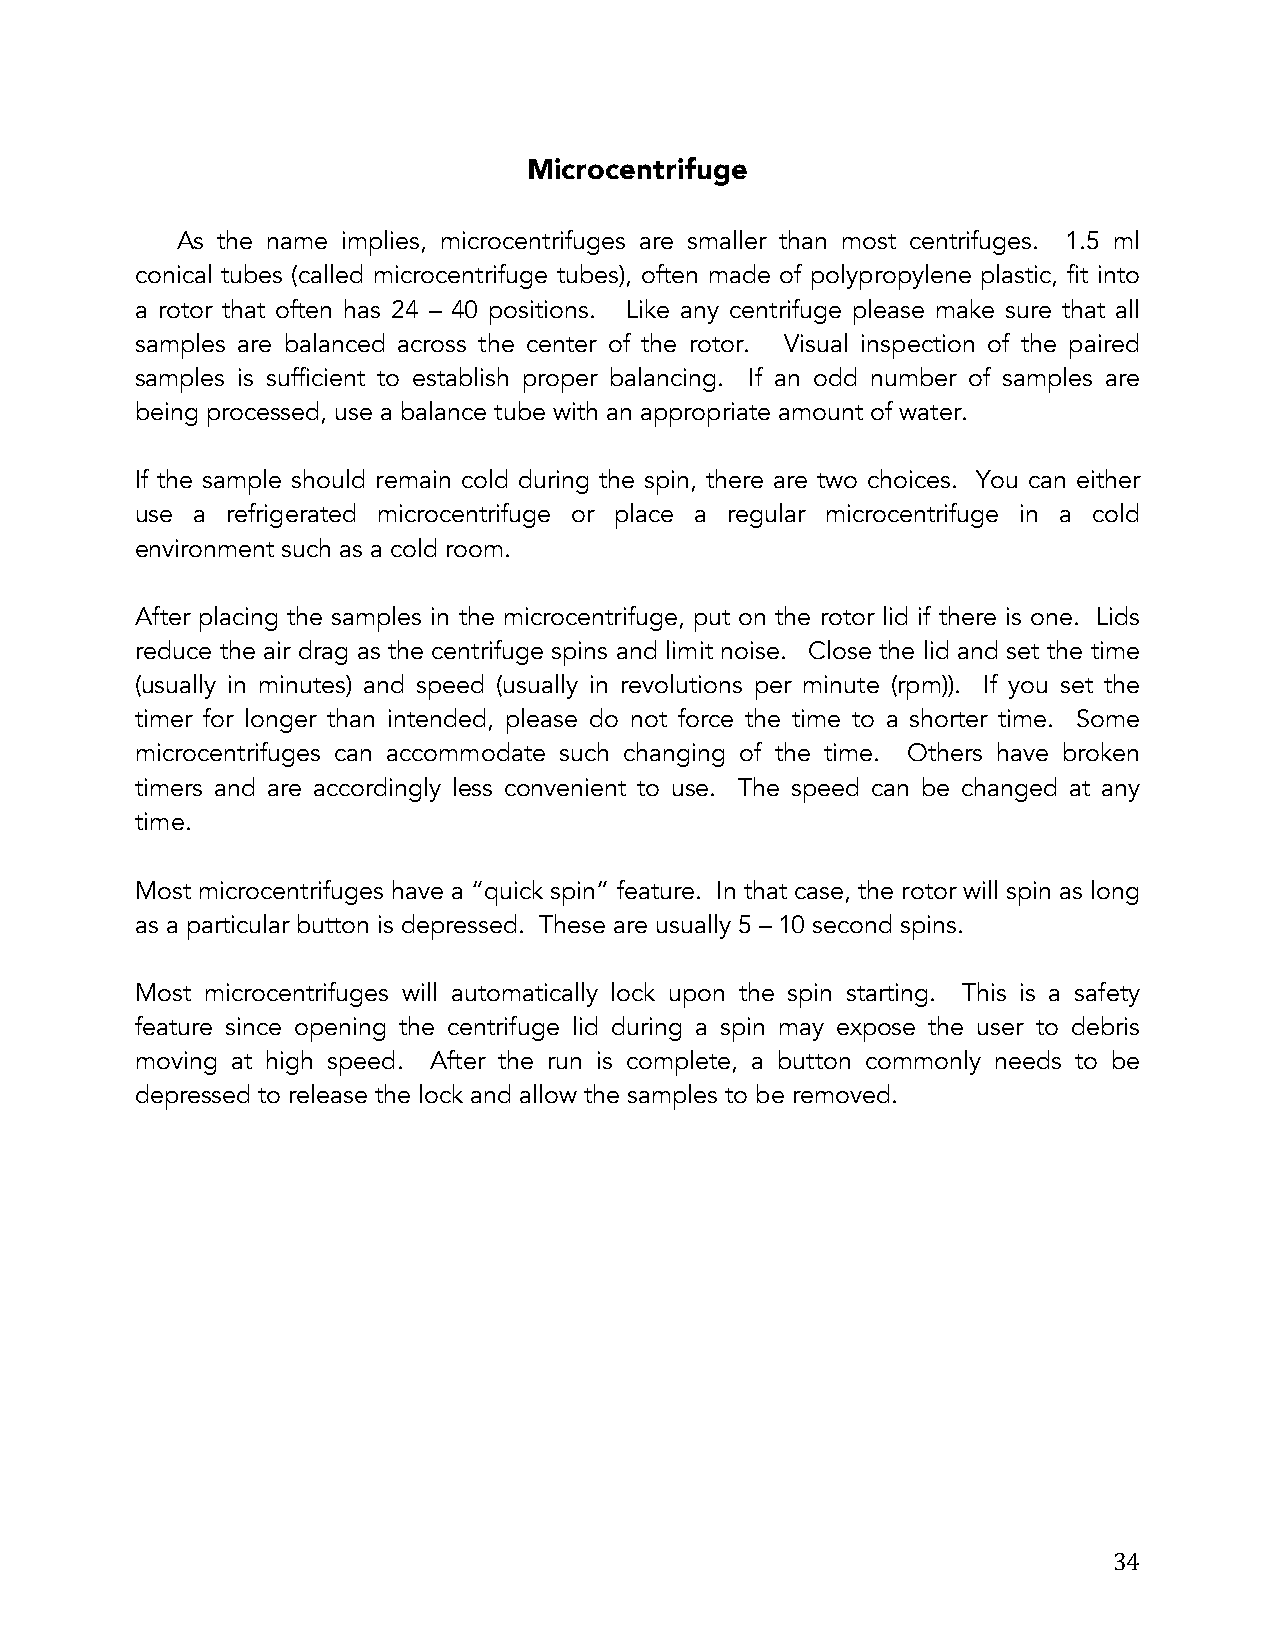
Microcentrifuge
 As the name implies, microcentrifuges are smaller than most centrifuges. 1.5 ml
 conical tubes (called microcentrifuge tubes), often made of polypropylene plastic, fit into
 a rotor that often has 24 – 40 positions. Like any centrifuge please make sure that all
 samples are balanced across the center of the rotor. Visual inspection of the paired
 samples is sufficient to establish proper balancing. If an odd number of samples are
 being processed, use a balance tube with an appropriate amount of water.
 If the sample should remain cold during the spin, there are two choices. You can either
 use a refrigerated microcentrifuge or place a regular microcentrifuge in a cold
 environment such as a cold room.
 After placing the samples in the microcentrifuge, put on the rotor lid if there is one. Lids
 reduce the air drag as the centrifuge spins and limit noise. Close the lid and set the time
 (usually in minutes) and speed (usually in revolutions per minute (rpm)). If you set the
 timer for longer than intended, please do not force the time to a shorter time. Some
 microcentrifuges can accommodate such changing of the time. Others have broken
 timers and are accordingly less convenient to use. The speed can be changed at any
 time.
 Most microcentrifuges have a “quick spin” feature. In that case, the rotor will spin as long
 as a particular button is depressed. These are usually 5 – 10 second spins.
 Most microcentrifuges will automatically lock upon the spin starting. This is a safety
 feature since opening the centrifuge lid during a spin may expose the user to debris
 moving at high speed. After the run is complete, a button commonly needs to be
 depressed to release the lock and allow the samples to be removed.
 34